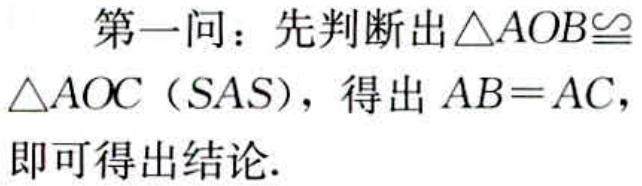
第一问：先判断出\(\triangle AOB\cong\triangle AOC\)（SAS），得出\(AB = AC\)，即可得出结论.